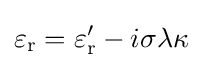
\varepsilon _{\text{r}}=\varepsilon _{\text{r}}'-i\sigma \lambda \kappa